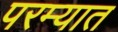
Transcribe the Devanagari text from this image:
परम्यात